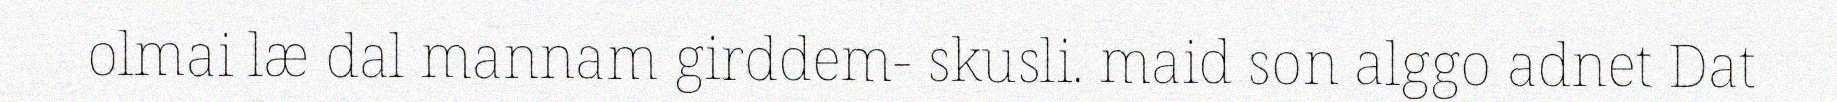
olmai læ dal mannam girddem- skusli. maid son alggo adnet Dat